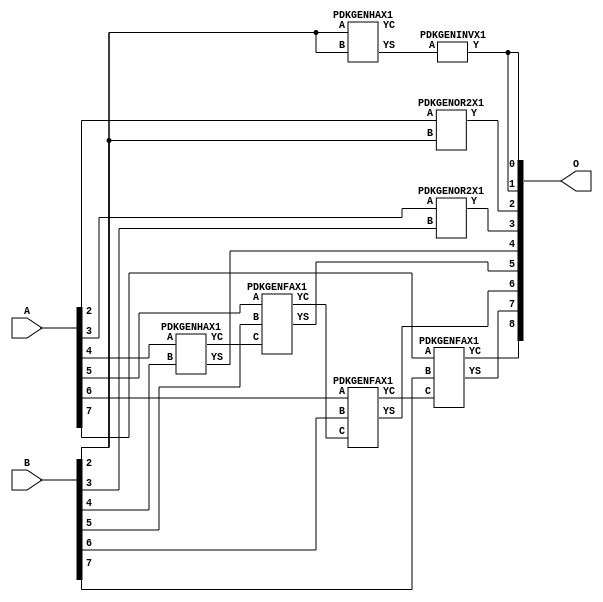
/***
* This code is a part of EvoApproxLib library (ehw.fit.vutbr.cz/approxlib) distributed under The MIT License.
* When used, please cite the following article(s): V. Mrazek, R. Hrbacek, Z. Vasicek and L. Sekanina, "EvoApprox8b: Library of approximate adders and multipliers for circuit design and benchmarking of approximation methods". Design, Automation & Test in Europe Conference & Exhibition (DATE), 2017, Lausanne, 2017, pp. 258-261. doi: 10.23919/DATE.2017.7926993 
* This file contains a circuit from a sub-set of pareto optimal circuits with respect to the pwr and ep parameters
***/
// MAE% = 0.72 %
// MAE = 3.7 
// WCE% = 2.93 %
// WCE = 15 
// WCRE% = 200.00 %
// EP% = 85.94 %
// MRE% = 1.91 %
// MSE = 26 
// PDK45_PWR = 0.015 mW
// PDK45_AREA = 39.4 um2
// PDK45_DELAY = 0.31 ns


module add8u_5G6(A, B, O);
  input [7:0] A;
  input [7:0] B;
  output [8:0] O;
  wire [2031:0] N;
  assign N[0] = A[0];
  assign N[1] = A[0];
  assign N[2] = A[1];
  assign N[3] = A[1];
  assign N[4] = A[2];
  assign N[5] = A[2];
  assign N[6] = A[3];
  assign N[7] = A[3];
  assign N[8] = A[4];
  assign N[9] = A[4];
  assign N[10] = A[5];
  assign N[11] = A[5];
  assign N[12] = A[6];
  assign N[13] = A[6];
  assign N[14] = A[7];
  assign N[15] = A[7];
  assign N[16] = B[0];
  assign N[17] = B[0];
  assign N[18] = B[1];
  assign N[19] = B[1];
  assign N[20] = B[2];
  assign N[21] = B[2];
  assign N[22] = B[3];
  assign N[23] = B[3];
  assign N[24] = B[4];
  assign N[25] = B[4];
  assign N[26] = B[5];
  assign N[27] = B[5];
  assign N[28] = B[6];
  assign N[29] = B[6];
  assign N[30] = B[7];
  assign N[31] = B[7];
  PDKGENHAX1 n40(.A(N[20]), .B(N[20]), .YS(N[40]), .YC(N[41]));
  PDKGENINVX1 n126(.A(N[40]), .Y(N[126]));
  assign N[127] = N[126];
  PDKGENOR2X1 n132(.A(N[4]), .B(N[20]), .Y(N[132]));
  PDKGENOR2X1 n182(.A(N[6]), .B(N[22]), .Y(N[182]));
  PDKGENHAX1 n232(.A(N[8]), .B(N[24]), .YS(N[232]), .YC(N[233]));
  PDKGENFAX1 n282(.A(N[10]), .B(N[26]), .C(N[233]), .YS(N[282]), .YC(N[283]));
  PDKGENFAX1 n332(.A(N[12]), .B(N[28]), .C(N[283]), .YS(N[332]), .YC(N[333]));
  PDKGENFAX1 n382(.A(N[14]), .B(N[30]), .C(N[333]), .YS(N[382]), .YC(N[383]));
  assign O[0] = N[127];
  assign O[1] = N[126];
  assign O[2] = N[132];
  assign O[3] = N[182];
  assign O[4] = N[232];
  assign O[5] = N[282];
  assign O[6] = N[332];
  assign O[7] = N[382];
  assign O[8] = N[383];
endmodule


/* mod */
module PDKGENOR2X1(input A, input B, output Y );
     assign Y = A | B;
endmodule
/* mod */
module PDKGENHAX1( input A, input B, output YS, output YC );
    assign YS = A ^ B;
    assign YC = A & B;
endmodule
/* mod */
module PDKGENINVX1(input A, output Y );
     assign Y = ~A;
endmodule
/* mod */
module PDKGENFAX1( input A, input B, input C, output YS, output YC );
    assign YS = (A ^ B) ^ C;
    assign YC = (A & B) | (B & C) | (A & C);
endmodule